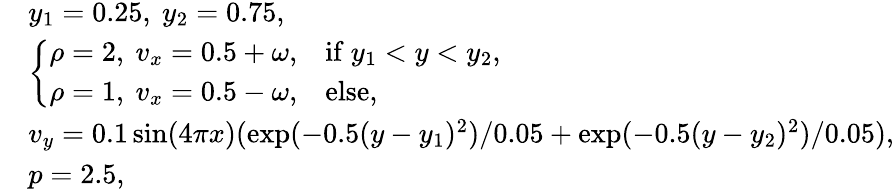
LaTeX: \begin{array}{rl}&{y_{1}=0.25,~y_{2}=0.75,}\\ &{\left\{ \begin{array}{ll}{\rho=2,~v_{x}=0.5+\omega,}&{\mathrm{if}~y_{1}<y<y_{2},}\\ {\rho=1,~v_{x}=0.5-\omega,}&{\mathrm{else},}\end{array}\right.}\\ &{v_{y}=0.1\sin(4\pi x)(\exp(-0.5(y-y_{1})^{2})/0.05+\exp(-0.5(y-y_{2})^{2})/0.05),}\\ &{p=2.5,}\end{array}